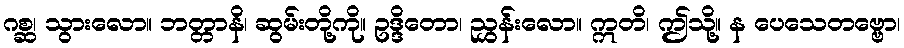
ဂစ္ဆ၊ သွားလော။ ဘတ္တာနိ၊ ဆွမ်းတို့ကို။ ဥဒ္ဒိတော၊ ညွှန်းလော။ ဣတိ၊ ဤသို့။ န ပေသေတဗ္ဗော၊